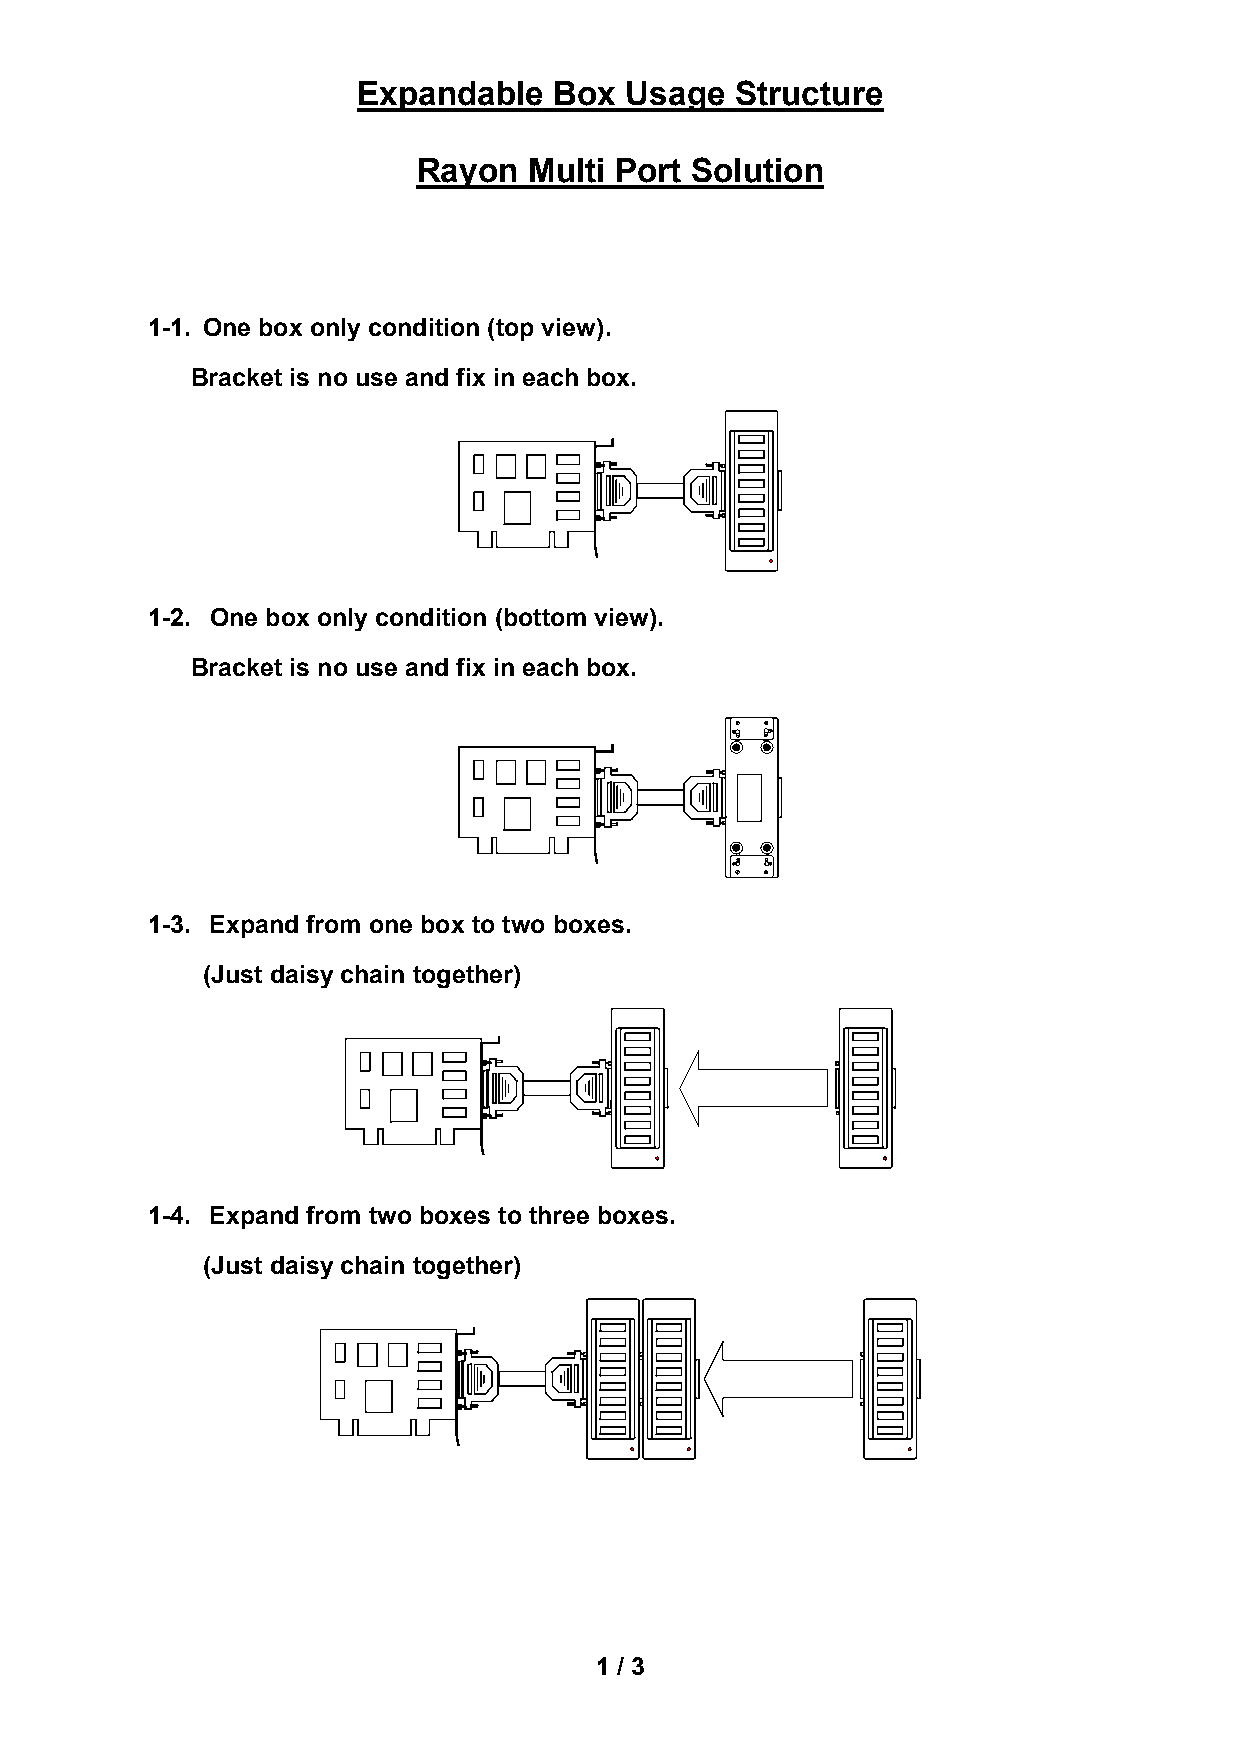
Expandable   Box Usage   Structure
 Rayon  Multi Port Solution
 1-1. One box only condition (top view).
 Bracket is no use and fix in each box.
 1-2. One box only condition (bottom view).
 Bracket is no use and fix in each box.
 1-3. Expand from one box to two boxes.
 (Just daisy chain together)
 1-4. Expand from two boxes to three boxes.
 (Just daisy chain together)
 1 / 3